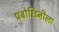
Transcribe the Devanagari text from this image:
प्रबोधिनीला